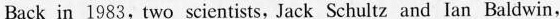
Back in 1983,two scientists,Jack Schultz and Ian Baldwin,